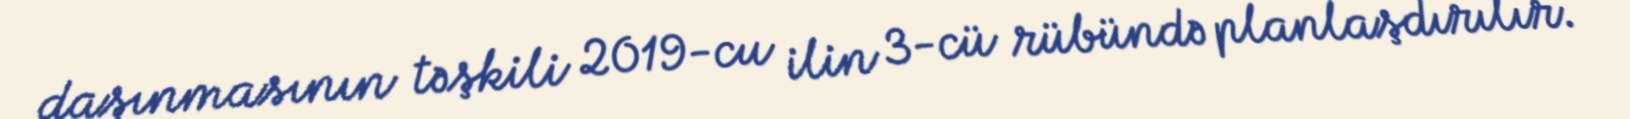
daşınmasının təşkili 2019-cu ilin 3-cü rübündə planlaşdırılır.